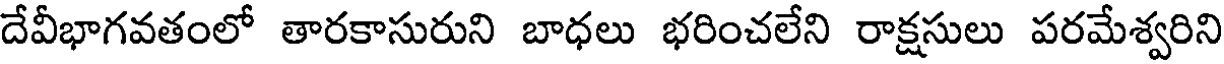
దేవీభాగవతంలో తారకాసురుని బాధలు భరించలేని రాక్షసులు పరమేశ్వరిని